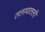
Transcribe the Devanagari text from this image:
तलावातली